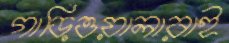
গাড়িওয়ালারাই